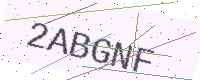
Text: 2ABGNF